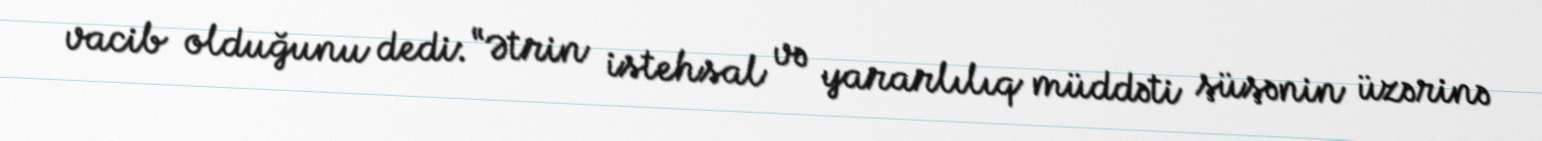
vacib olduğunu dedi: “Ətrin istehsal və yararlılıq müddəti şüşənin üzərinə